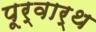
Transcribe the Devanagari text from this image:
पूर्वार्थ